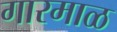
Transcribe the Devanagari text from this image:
गारमाळ